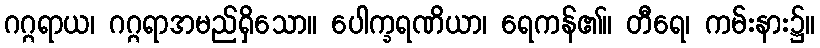
ဂဂ္ဂရာယ၊ ဂဂ္ဂရာအမည်ရှိသော။ ပေါက္ခရဏိယာ၊ ရေကန်၏။ တီရေ၊ ကမ်းနား၌။